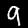
Label: 9